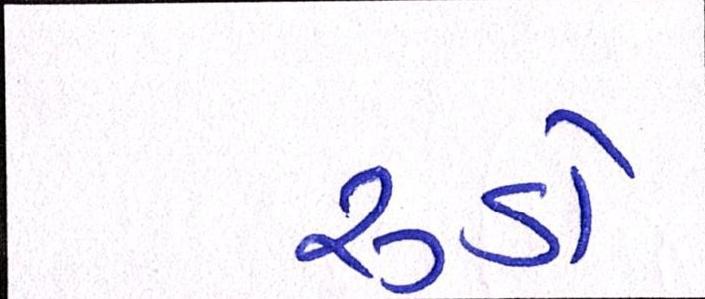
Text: રૂડો